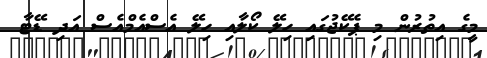
މީގެ އިތުރުން މި ޕެކޭޖުގައި ހިލޭ ކޯލާއި ހިލޭ އެސްއެމްއެސް އަދި ޑޭޓާ